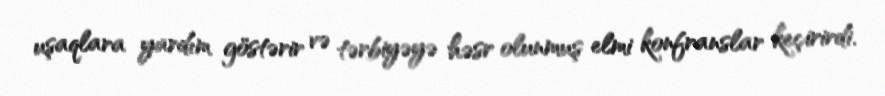
uşaqlara yardım göstərir və tərbiyəyə həsr olunmuş elmi konfranslar keçirirdi.